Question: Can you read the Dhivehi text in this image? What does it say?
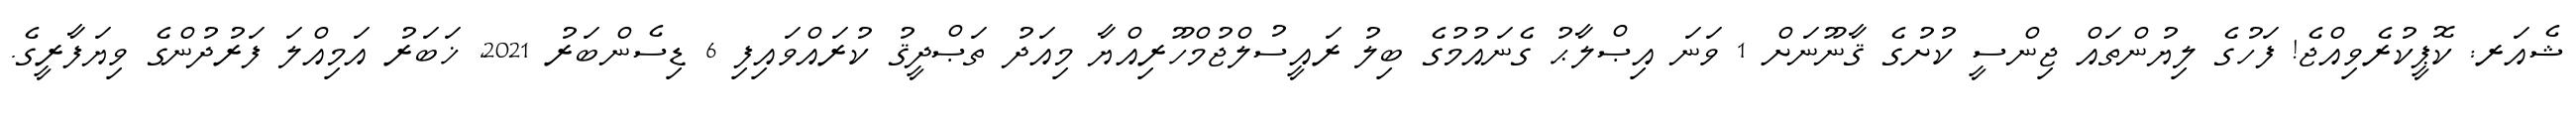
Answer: ޝެއަރ: ކޮޕީކުރެވިއްޖެ! ފަހުގެ ލިޔުންތައް ޖިންސީ ކުށުގެ ޤާނޫނަށް 1 ވަނަ އިޞްލާޙު ގެނައުމުގެ ބިލު ރައީސުލްޖުމްހޫރިއްޔާ މިއަދު ތަޞްދީޤު ކުރައްވައިފި 6 ޑިސެންބަރު 2021, ޚަބަރު އަމިއްލަ ފަރުދުންގެ ވިޔަފާރީގެ.